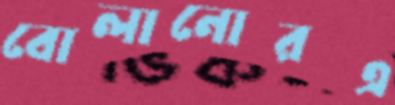
বোলানোরএ